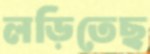
লড়িতেছ